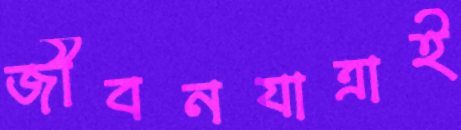
জীবনযাত্রাই